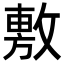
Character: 𢾾